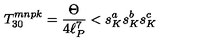
T _ { 3 0 } ^ { m n p k } = \frac { \Theta } { 4 \ell _ { P } ^ { 7 } } < s _ { K } ^ { a } s _ { K } ^ { b } s _ { K } ^ { c }